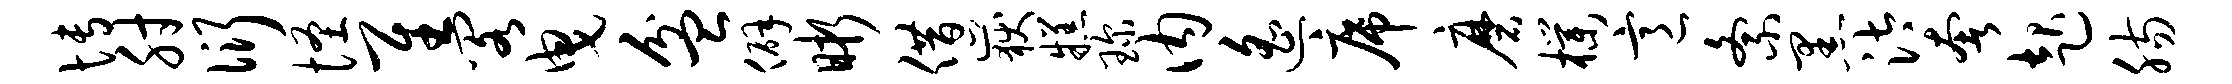
博肘衍怪隹阁曳盆僻晰借岳糕琛内遥席磨朴意紊黑汰奢起肠